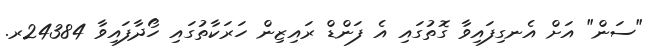
"ސަން" އަށް އެނގިފައިވާ ގޮތުގައި އެ ފަންޑް ރައިޒިން ހަރަކާތުގައި ހޯދާފައިވާ 24384ރ.